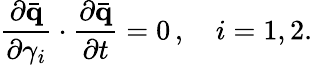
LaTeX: \frac{\partial\bar{\mathbf q}}{\partial\gamma_{i}}\cdot\frac{\partial\bar{\mathbf q}}{\partial t}=0\, ,\quad i=1,2.